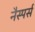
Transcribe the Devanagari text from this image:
नैस्पर्स